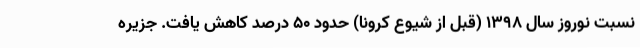
نسبت نوروز سال ۱۳۹۸ (قبل از شیوع کرونا) حدود ۵۰ درصد کاهش یافت. جزیره